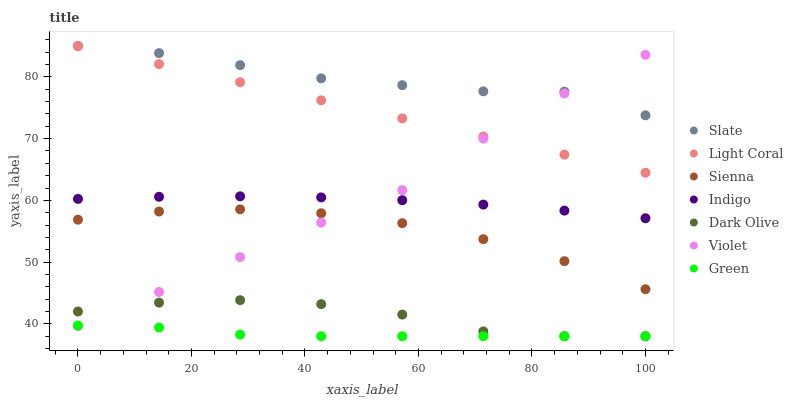
| xaxis_label | Slate | Light Coral | Sienna | Indigo | Dark Olive | Violet | Green |
 | --- | --- | --- | --- | --- | --- | --- | --- |
 | 0 | 85 | 85 | 56.9 | 60.2 | 42 | 39.6 | 39.7 |
 | 14.3 | 83.9 | 82.1 | 58.2 | 60.6 | 43.4 | 45.2 | 39.4 |
 | 28.6 | 81.9 | 79.1 | 58.6 | 60.7 | 43.8 | 50.8 | 38.3 |
 | 42.9 | 79.8 | 76.2 | 57.9 | 60.5 | 43.2 | 56.4 | 38 |
 | 57.1 | 78.7 | 73.3 | 56.3 | 60 | 41.5 | 61.7 | 38 |
 | 71.4 | 77.7 | 70.3 | 53.7 | 59.3 | 38.8 | 70 | 38 |
 | 85.7 | 77.6 | 67.4 | 50.2 | 58.3 | 38 | 77.3 | 38 |
 | 100 | 73.8 | 64.5 | 45.6 | 57.1 | 38 | 83.6 | 38 |